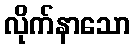
လိုက်နာသော